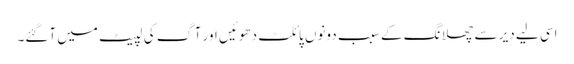
اسی لیے دیر سے چھلانگ کے سبب دونوں پائلٹ دھوئیں اور آگ کی لپیٹ میں آگئے۔